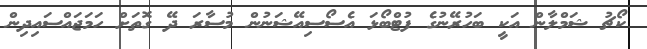
ކޯޗު ޝަމްލާން އަކީ ބަހުރޭނުގެ ފުޓްބޯޅަ އެސޯސިއޭޝަނުން މުސާރަ ދޭ ގޮތަށް ހަމަޖައްސައިދިން